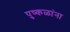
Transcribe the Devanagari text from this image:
पुष्कळांना